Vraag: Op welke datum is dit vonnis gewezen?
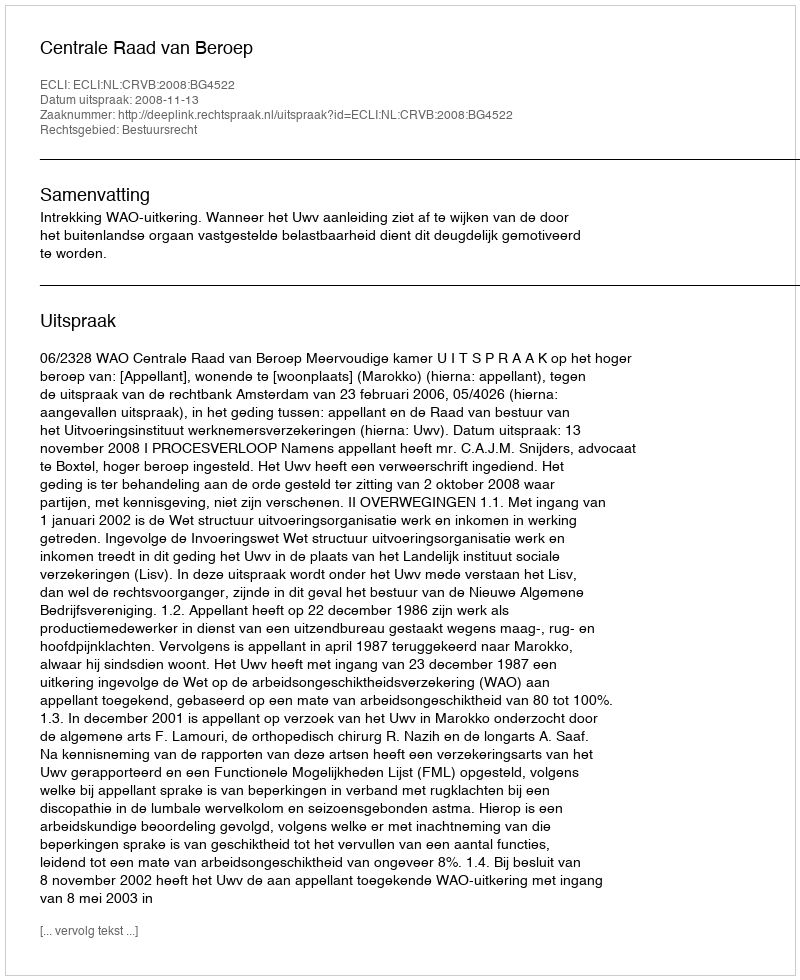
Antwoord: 2008-11-13